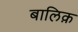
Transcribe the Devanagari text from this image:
बालिक़